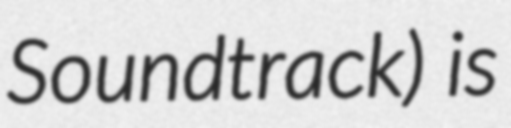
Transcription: Soundtrack) is